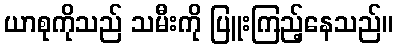
ယာစုကိုသည် သမီးကို ပြူးကြည့်နေသည်။